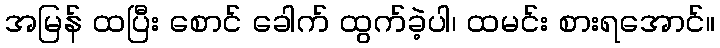
အမြန် ထပြီး စောင် ခေါက် ထွက်ခဲ့ပါ၊ ထမင်း စားရအောင်။